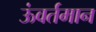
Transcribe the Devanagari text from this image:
ऊंवर्तमान